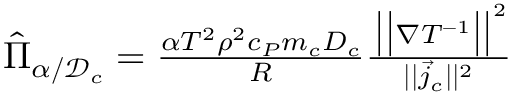
\begin{array} { r } { \hat { \Pi } _ { \alpha / \mathcal { D } _ { c } } = \frac { \alpha T ^ { 2 } \rho ^ { 2 } c _ { P } m _ { c } D _ { c } } { R } \frac { \, \bigl | \bigl | \nabla { T } ^ { - 1 } \bigr | \bigr | ^ { 2 } } { | | { \vec { j } _ { c } } | | ^ { 2 } } } \end{array}